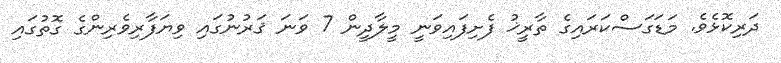
ދަރިކޮޅެވެ. މަޑަގަސްކަރައިގެ ތާރީޚު ފެށިފައިވަނީ މީލާދީން 7 ވަނަ ޤަރުނުގައި ވިޔަފާރިވެރިންގެ ގޮތުގައި